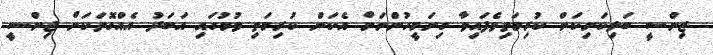
ޖިންސީ ބަލިކަށިކަން ކުރިމަތިވެފައިވާ ގިނަމީހުންނަށް އެކަން ކުރިމަތި ވުމުގައި އަބަދު އެއްގޮތަކަށް ޖިންސީ